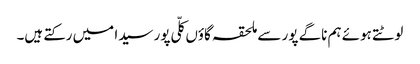
لوٹتے ہوئے ہم ناگے پور سے ملحقہ گاؤں کلّی پور سیدا میں رکتے ہیں۔